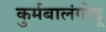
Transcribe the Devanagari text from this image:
कुर्मबालंगोडू